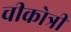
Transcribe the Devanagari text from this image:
चीकोत्री